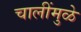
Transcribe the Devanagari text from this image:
चालींमुळे